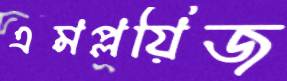
এমপ্লয়িজ